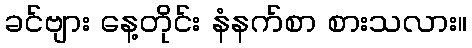
ခင်ဗျား နေ့တိုင်း နံနက်စာ စားသလား။